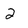
Character: 2